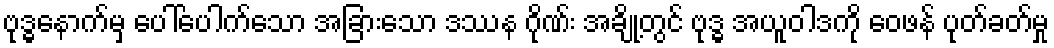
ဗုဒ္ဓနောက်မှ ပေါ်ပေါက်သော အခြားသော ဒဿန ဂိုဏ်း အချို့တွင် ဗုဒ္ဓ အယူဝါဒကို ဝေဖန် ပုတ်ခတ်မှု